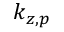
k _ { z , p }